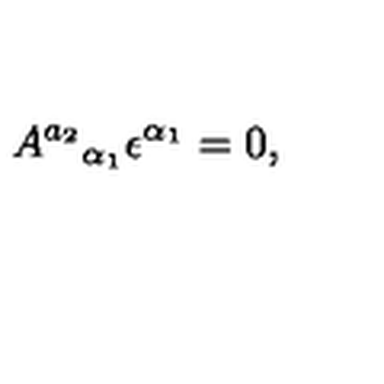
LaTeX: A ^ { a _ { 2 } } { } _ { \alpha _ { 1 } } \epsilon ^ { \alpha _ { 1 } } = 0 ,